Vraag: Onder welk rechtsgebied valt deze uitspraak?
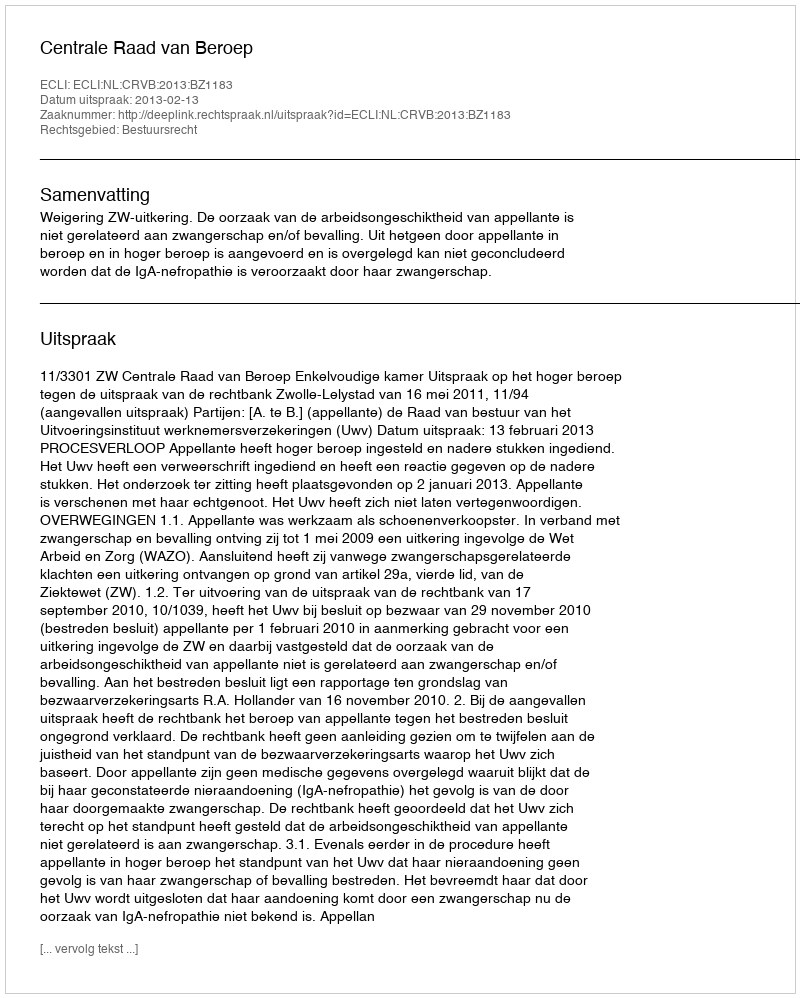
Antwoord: Bestuursrecht